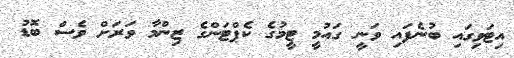
އިޓަވިގައި ބުނެފައި ވަނީ ގައުމީ ޓީމުގެ ކެޕްޓަންގެ ޒިންމާ ވަރަށް ވެސް ބޮޑު